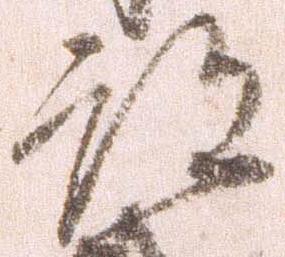
跡